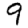
Digit: 9